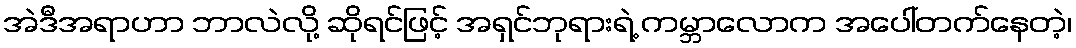
အဲဒီအရာဟာ ဘာလဲလို့ ဆိုရင်ဖြင့် အရှင်ဘုရားရဲ့ ကမ္ဘာလောက အပေါ်တက်နေတဲ့၊